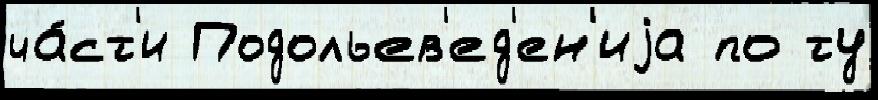
ча́ст'и Подольев'ед'ен'иjа по ту